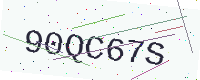
Text: 90QC67S